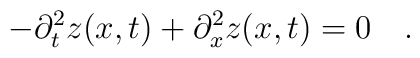
-\partial_t^2 z(x,t) + \partial_x^2 z(x,t) = 0 \quad.